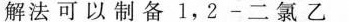
解法可以制备1，2-二氯乙